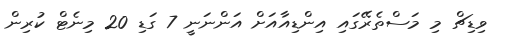
ވިޑިޗް މި މަސްތެރޭގައި އިންޑިއާއަށް އަންނަނީ 7 ގަޑި 20 މިނެޓް ކުރިން